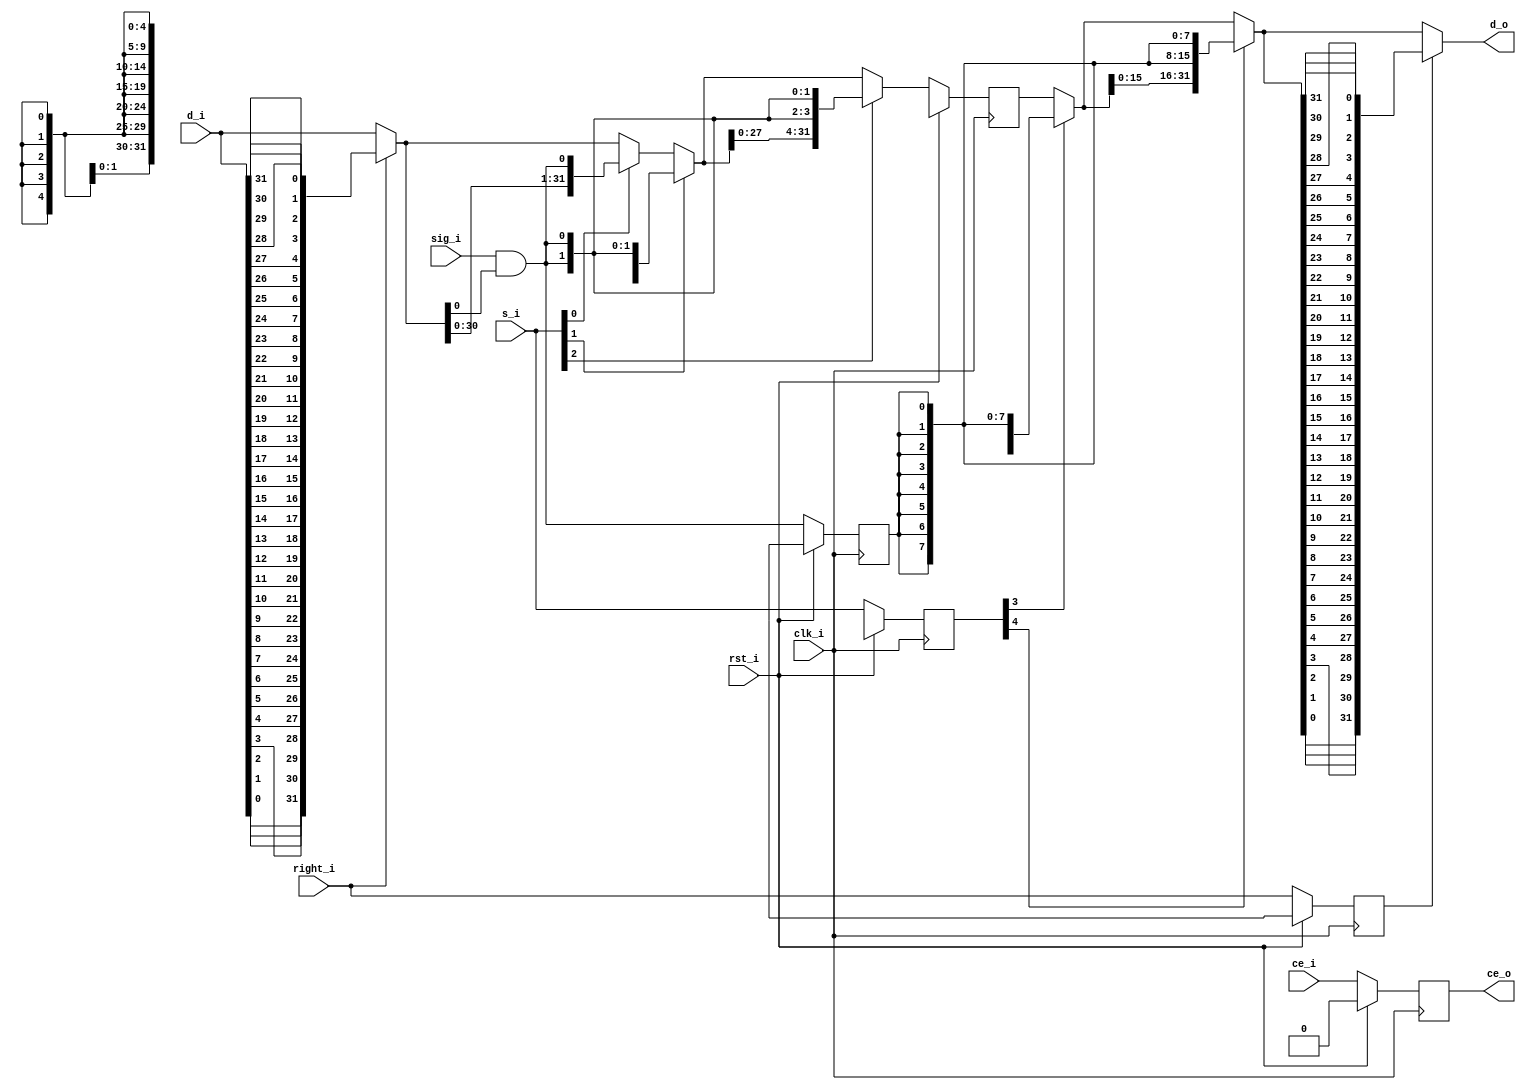
`timescale 1ns/1ps
module rv_shifter
	( clk_i
	, rst_i
	, ce_i
	, d_i
	, s_i
	, right_i
	, sig_i
	, ce_o
	, d_o
	);
	
	input         clk_i; 
	input         rst_i; 
	input         ce_i; 
	input  [31:0] d_i; 
	input  [4:0]  s_i; 
	input         right_i; 
	input         sig_i; 
	output        ce_o; 
	output[31:0]  d_o; 
	wire[31:0]    datax;
	
	wire[31:0] data_shifted; 
	wire fill; 
	wire[3:0] fill_v; 
	wire[31:0] cascades0; 
	wire[31:0] cascades1; 
	wire[31:0] cascades2; 
	wire[31:0] cascades3; 
	wire[31:0] cascades4; 
	
	reg[31:0] stage2_data; 
	reg[4:0] stage2_s; 
	reg stage2_fill; 
	wire[15:0] stage2_fill_v; 
	reg stage2_right; 
	reg ceo=1'b0; 
	
	
	function [31:0] ReverseBits32;
		input [31:0] Byte;
		integer i;
		begin
			for (i = 0; i < 32; i = i + 1)
				ReverseBits32[31-i] = Byte[i];
		end
	endfunction
	
	assign datax = (right_i)? ReverseBits32(d_i): d_i;
	assign fill = sig_i & datax[0] ;
	assign fill_v = {4{fill}} ;
	assign cascades0 = (s_i[0]) ? {datax[30:0], fill_v[0]} : datax ;
	assign cascades1 = (s_i[1]) ? {cascades0[29:0], fill_v[1:0]} : cascades0 ;
	assign cascades2 = (s_i[2]) ? {cascades1[27:0], fill_v[3:0]} : cascades1 ;
	
	always @(posedge clk_i)
		if (rst_i)
			begin
				ceo <= 1'b0 ; 
				stage2_data <= {32{1'bx}} ; 
				stage2_s <= {5{1'bx}} ; 
				stage2_fill <= 1'bx ; 
				stage2_right <= 1'bx ; 
			end
		else
			begin
				ceo <= ce_i ; 
				stage2_data <= cascades2; 
				stage2_s <= s_i ; 
				stage2_fill <= fill ; 
				stage2_right <= right_i ; 
			end  
	
	assign stage2_fill_v = {16{stage2_fill}} ;
	assign cascades3 = (stage2_s[3]) ? {stage2_data[23:0], stage2_fill_v[7:0]} : stage2_data ;
	assign cascades4 = (stage2_s[4]) ? {cascades3[15:0], stage2_fill_v[15:0]} : cascades3 ;
	
	assign data_shifted = (stage2_right == 1'b0) ? cascades4 : (ReverseBits32(cascades4));
	assign d_o = data_shifted ;
	assign ce_o = ceo ;
endmodule